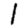
Digit: 1